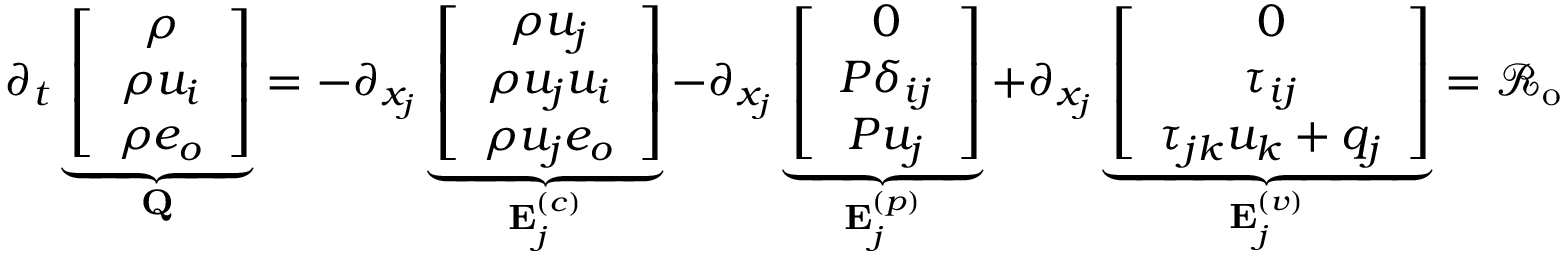
\begin{array} { r } { \partial _ { t } \underbrace { \left[ \begin{array} { c } { \rho } \\ { \rho u _ { i } } \\ { \rho e _ { o } } \end{array} \right] } _ { \bf Q } = - \partial _ { x _ { j } } \underbrace { \left[ \begin{array} { c } { \rho u _ { j } } \\ { \rho u _ { j } u _ { i } } \\ { \rho u _ { j } e _ { o } } \end{array} \right] } _ { { \bf E } _ { j } ^ { ( c ) } } - \partial _ { x _ { j } } \underbrace { \left[ \begin{array} { c } { 0 } \\ { P \delta _ { i j } } \\ { P u _ { j } } \end{array} \right] } _ { { \bf E } _ { j } ^ { ( p ) } } + \partial _ { x _ { j } } \underbrace { \left[ \begin{array} { c } { 0 } \\ { \tau _ { i j } } \\ { \tau _ { j k } u _ { k } + q _ { j } } \end{array} \right] } _ { { \bf E } _ { j } ^ { ( v ) } } = \mathcal { R } _ { \mathrm { o } } } \end{array}